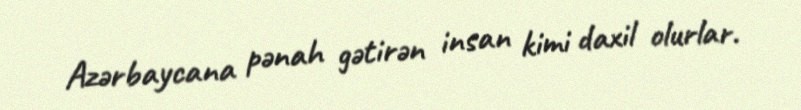
Azərbaycana pənah gətirən insan kimi daxil olurlar.